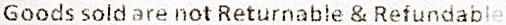
GOODS SOLD ARE NOT RETURNABLE & REFUNDABLE